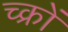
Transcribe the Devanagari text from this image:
च्क्रों